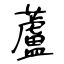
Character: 蘆